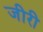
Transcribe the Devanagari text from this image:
जीरी